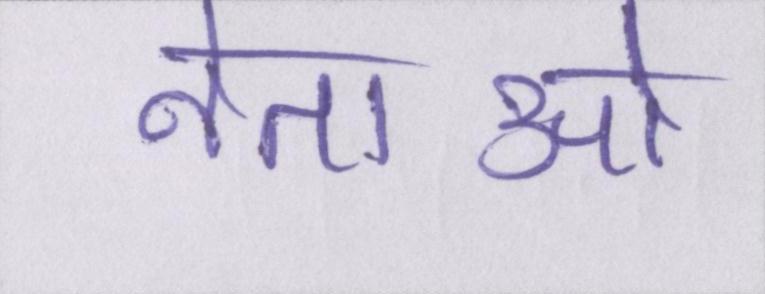
नेताओ